Report on vaccination North-West Frontier Province 1904-1922 - 1904-1922
Year: 1904
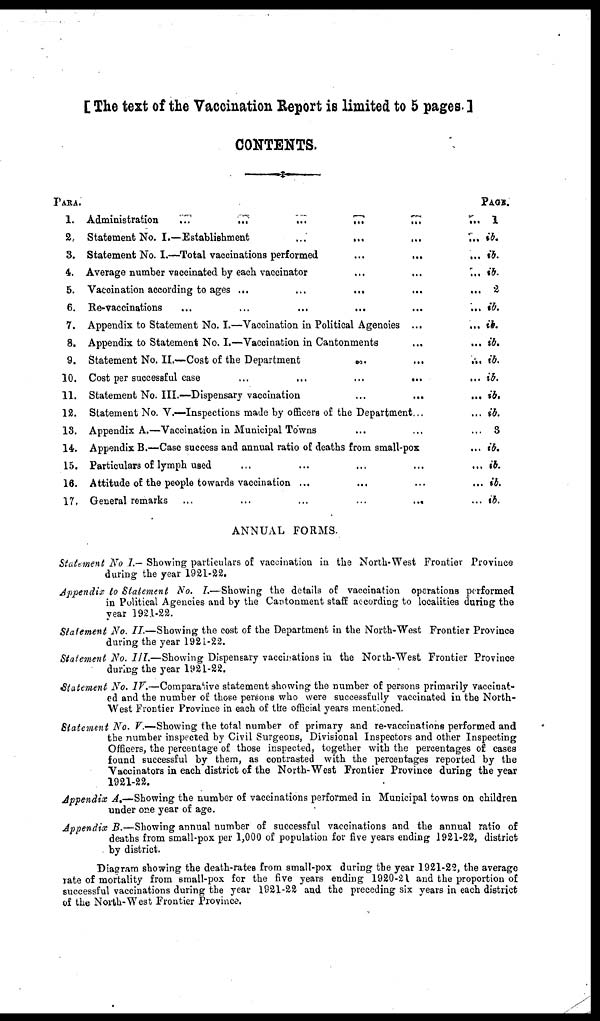
[ The text of the Vaccination Report is limited to 5 pages. ]
CONTENTS.
PARA.
1.
2.
3.
4.
5.
6.
7.
8.
9.
10.
11.
12.
13.
14.
15.
16.
17.
Administration
...
...
...
...
...
...
Statement No. I.—Establishment
...
... ... ...
Statement No. 1.—Total vaccinations performed
...
... ...
Average number vaccinated by each vaccinator ... ... ...
Vaccination according to ages ...
...
...
...
...
Re-vaccinations ... ... ... ... ... ...
Appendix to Statement No. I.—Vaccination in Political Agencies ... ...
Appendix to Statement No. I.—Vaccination in Cantonments
...
...
Statement No. II.—Cost of the Department
...
...
...
Cost per successful case
...
...
...
... ...
Statement No. III.—Dispensary vaccination
...
...
...
Statement No. V.—Inspections made by officers of the Department ... ...
Appendix A.—Vaccination in Municipal Towns ... ... ...
Appendix B.—Case success and annual ratio of deaths from small-pox ...
Particulars of lymph used ... ... ... ... ...
Attitude of the people towards vaccination ... ... ... ...
General remarks
...
...
...
...
... ...
PAGE.
1
ib.
ib.
ib.
2
ib.
ib.
ib.
ib.
ib.
ib.
ib.
3
ib.
ib.
ib.
ib.
ANNUAL FORMS.
Statement No. I.- Showing particulars of vaccination in the North-West Frontier Province
during the year 1921-22.
Appendix to Statement No. I.—Showing the details of vaccination operations performed
in Political Agencies and by the Cantonment staff according to localities during the
year 1921-22.
Statement No. II.—Showing the cost of the Department in the North-West Frontier Province
during the year 1921-22.
Statement No. III.—Showing Dispensary vaccinations in the North-West Frontier Province
during the year 1921-22.
Statement No. IV.—Comparative statement showing the number of persons primarily vaccinat-
ed and the number of those persons who were successfully vaccinated in the North-
West Frontier Province in each of the official years mentioned.
Statement No. V.—Showing the total number of primary and re-vaccinations performed and
the number inspected by Civil Surgeons, Divisional Inspectors and other Inspecting
Officers, the percentage of those inspected, together with the percentages of cases
found successful by them, as contrasted with the percentages reported by the
Vaccinators in each district of the North-West Frontier Province during the year
1921-22.
Appendix A.—Showing the number of vaccinations performed in Municipal towns on children
under one year of age.
Appendix B.—Showing annual number of successful vaccinations and the annual ratio of
deaths from small-pox per 1,000 of population for five years ending 1921-22, district
by district.
Diagram showing the death-rates from small-pox during the year 1921-22, the average
rate of mortality from small-pox for the five years ending 1920-21 and the proportion of
successful vaccinations during the year 1921-22 and the preceding six years in each district
of the North-West Frontier Province.